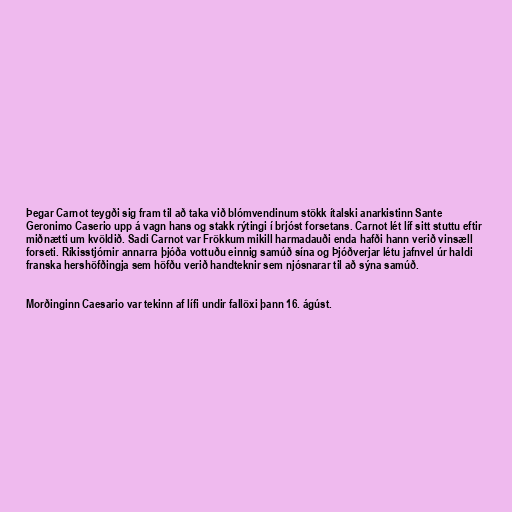
Þegar Carnot teygði sig fram til að taka við blómvendinum stökk ítalski anarkistinn Sante
Geronimo Caserio upp á vagn hans og stakk rýtingi í brjóst forsetans. Carnot lét líf sitt stuttu eftir
miðnætti um kvöldið. Sadi Carnot var Frökkum mikill harmadauði enda hafði hann verið vinsæll
forseti. Ríkisstjórnir annarra þjóða vottuðu einnig samúð sína og Þjóðverjar létu jafnvel úr haldi
franska hershöfðingja sem höfðu verið handteknir sem njósnarar til að sýna samúð.

Morðinginn Caesario var tekinn af lífi undir fallöxi þann 16. ágúst.